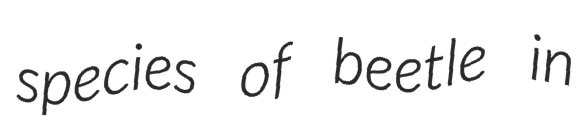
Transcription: species of beetle in